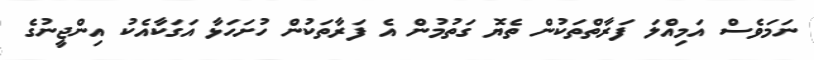
ނަމަވެސް އަމިއްލަ ފަރާތްތަކުން ތެޔޮ ގަތުމުން އެ ފަރާތަކުން ހުށަހަޅާ އަގަކާއެކު އިންޖީނުގެ